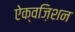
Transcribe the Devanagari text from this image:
ऐक्वज़िशन